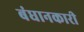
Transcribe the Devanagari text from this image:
बंधानकारी